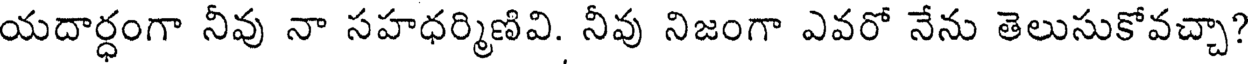
యదార్ధంగా నీవు నా సహధర్మిణివి. నీవు నిజంగా ఎవరో నేను తెలుసుకోవచ్చా?